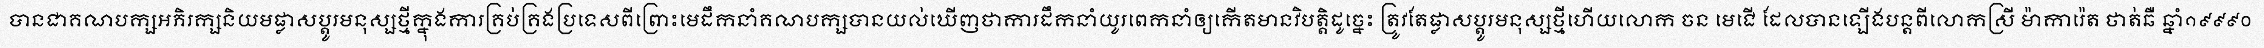
បានជាគណបក្សអភិរក្សនិយមផ្លាសប្តូរមនុស្សថ្មីក្នុងការគ្រប់គ្រងប្រទេសពីព្រោះមេដឹកនាំគណបក្សបានយល់ឃើញថាការដឹកនាំយូរពេកនាំឲ្យកើតមានវិបត្តិដូច្នេះ ត្រូវតែផ្លាសប្តូរមនុស្សថ្មីហើយលោក ចន មេជើ ដែលបានឡើងបន្តពីលោកស្រី ម៉ាការ៉េត ថាត់ឆឺ ឆ្នាំ១៩៩៩០